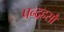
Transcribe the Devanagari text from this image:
पन्द्रहसौ